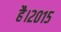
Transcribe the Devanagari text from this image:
है।२०१५